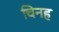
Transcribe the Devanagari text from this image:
चिनह